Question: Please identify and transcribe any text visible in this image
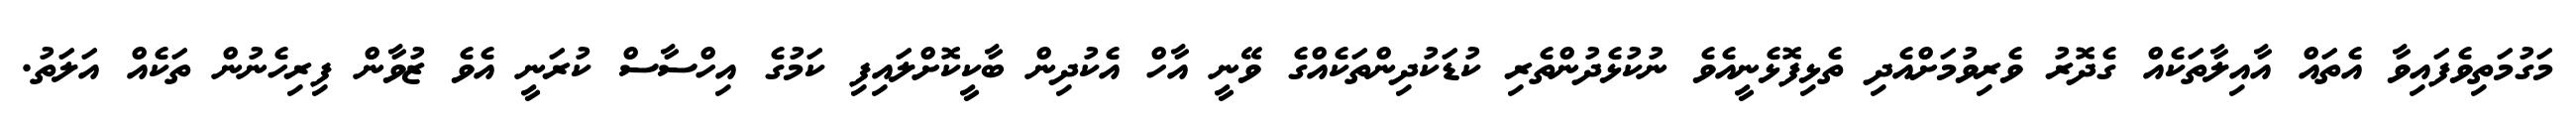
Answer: މަގުމަތިވެފައިވާ އެތައް އާއިލާތަކެއް ގެދޮރު ވެރިވުމަށްއެދި ތެޅިފޮޅެނީއެވެ ނުކުޅެދުންތެރި ކުޑަކުދިންތަކެއްގެ ވޭނީ އާހް އެކުދިން ބާކީކޮށްލައިފި ކަމުގެ އިހްސާސް ކުރަނީ އެވެ ޒުވާން ފިރިހެނުން ތަކެއް އަލަތު.